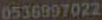
0536997022